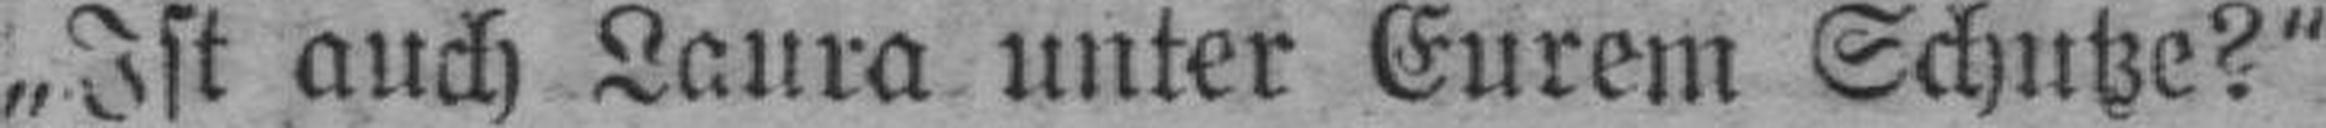
„Ist auch Laura unter Eurem Schutze?“